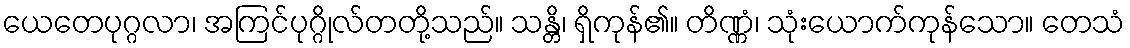
ယေတေပုဂ္ဂလာ၊ အကြင်ပုဂ္ဂိုလ်တတို့သည်။ သန္တိ၊ ရှိကုန်၏။ တိဏ္ဏံ၊ သုံးယောက်ကုန်သော။ တေသံ